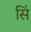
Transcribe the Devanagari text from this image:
सिं